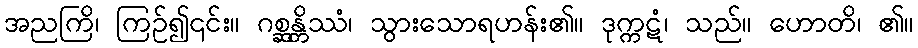
အညကြိ၊ ကြဉ်၍၎င်း။ ဂစ္ဆန္တိဿံ၊ သွားသောရဟန်း၏။ ဒုက္ကဋံ၊ သည်။ ဟောတိ၊ ၏။